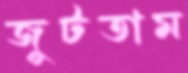
জুটতাম